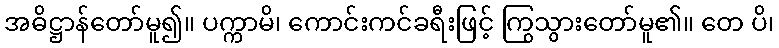
အဓိဋ္ဌာန်တော်မူ၍။ ပက္ကာမိ၊ ကောင်းကင်ခရီးဖြင့် ကြွသွားတော်မူ၏။ တေ ပိ၊